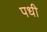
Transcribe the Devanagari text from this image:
पधी